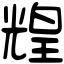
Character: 𤾗